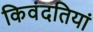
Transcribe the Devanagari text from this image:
किवंदतियां